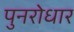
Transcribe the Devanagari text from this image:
पुनरोधार